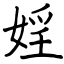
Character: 婬